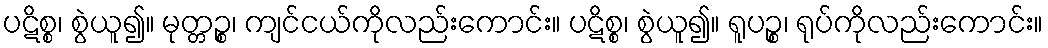
ပဋိစ္စ၊ စွဲယူ၍။ မုတ္တဉ္စ၊ ကျင်ငယ်ကိုလည်းကောင်း။ ပဋိစ္စ၊ စွဲယူ၍။ ရူပဉ္စ၊ ရုပ်ကိုလည်းကောင်း။